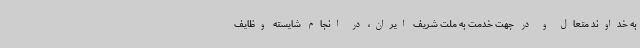
به خداوند متعال و در جهت خدمت به ملت شریف ایران، در انجام شایسته وظایف